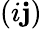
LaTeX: (i\mathbf{j})